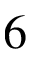
6